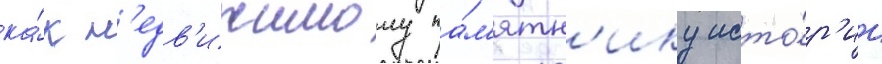
ка́к н'едв'ижимому па́м'ятн'ику исто́р'ии